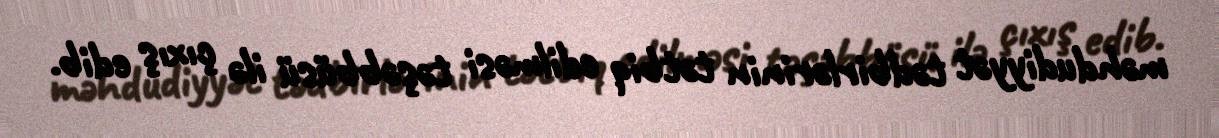
məhdudiyyət tədbirlərinin tətbiq edilməsi təşəbbüsü ilə çıxış edib.